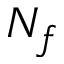
N _ { f }